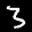
Label: 3